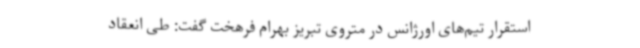
استقرار تیم‌های اورژانس در متروی تبریز بهرام فرهخت گفت: طی انعقاد